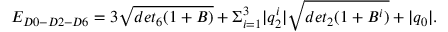
E _ { D 0 - D 2 - D 6 } = 3 \sqrt { d e t _ { 6 } ( 1 + B ) } + \Sigma _ { i = 1 } ^ { 3 } | q _ { 2 } ^ { i } | \sqrt { d e t _ { 2 } ( 1 + B ^ { i } ) } + | q _ { 0 } | .